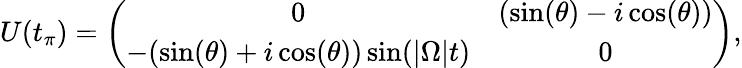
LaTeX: \begin{array}{r}{U(t_{\pi})=\left(\begin{array}{cccc}{0}&{(\sin(\theta)-i\cos(\theta))}\\ {-(\sin(\theta)+i\cos(\theta))\sin(|\Omega|t)}&{0}\end{array}\right),}\end{array}